Vabadussoja_Ajaloo_Komitee, lk 263
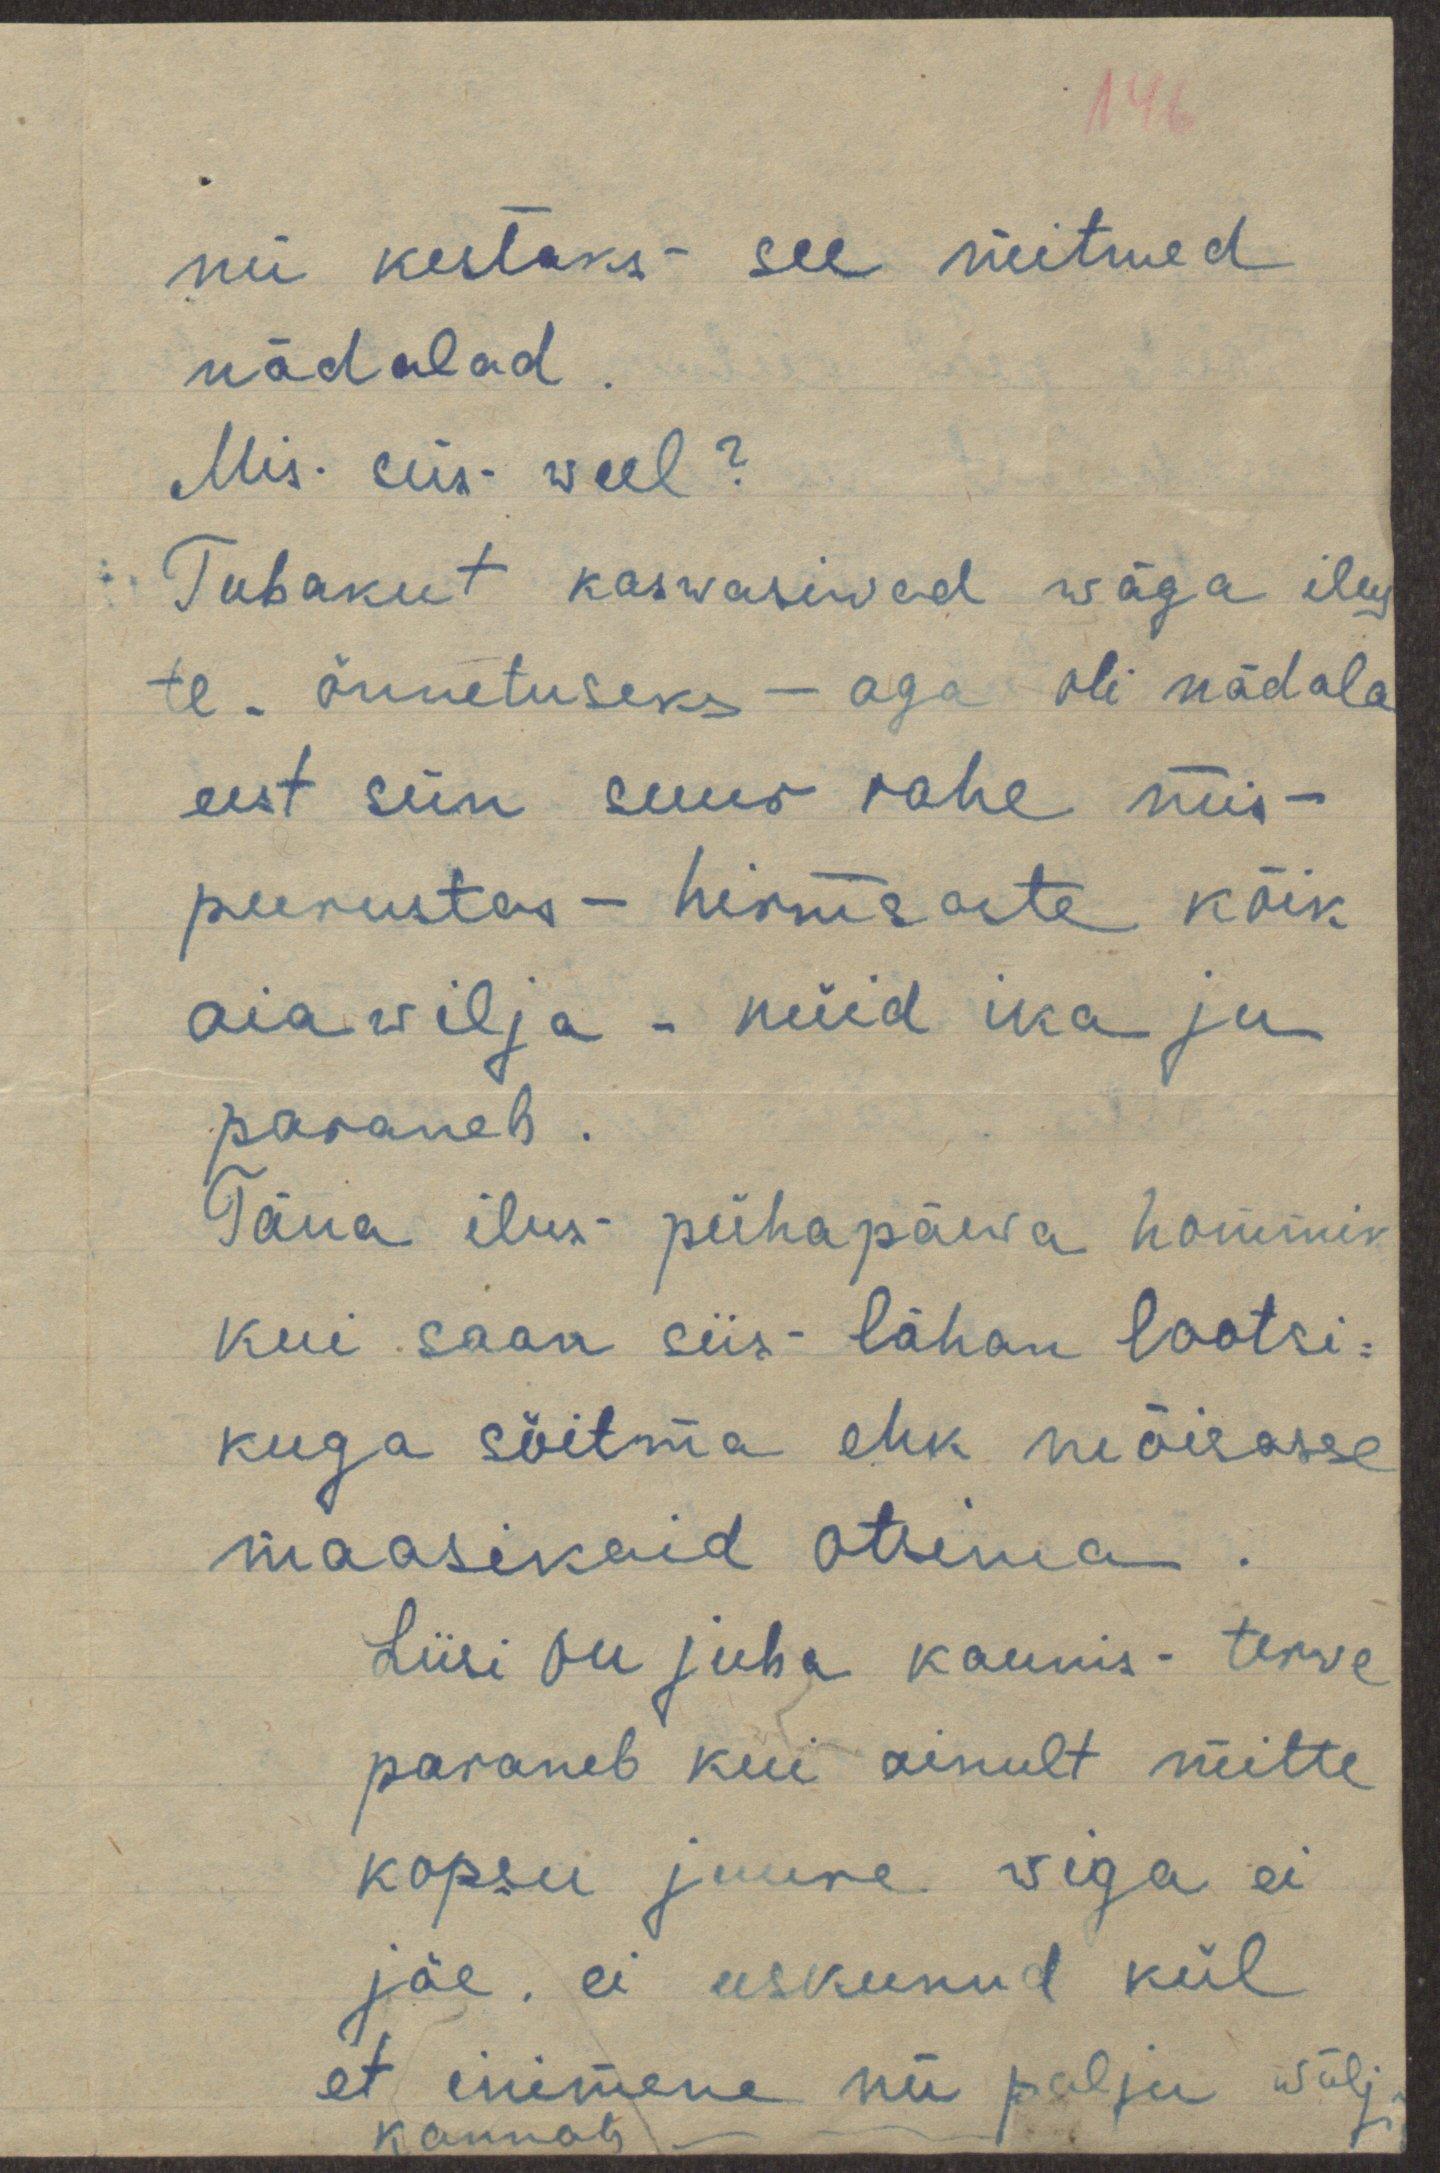
146
nii kestaks see mitmed
nädalad.
Mis siis weel?
Tubakut kaswasiwad wäga ilus
te - õnnetuseks aga oli nädala
eest siin suur rahe mis
purustas hirmsaste kõik
aiawilja - nüid ika ju
paraneb.
Täna ilus pühapäewa hommik
kui saan siis lähan lootsi-
kuga sõitma ehk mõisasse
maasikaid otsima.
Liisi on juba kaunis terve
paraneb kui ainult mitte
kopsu juure viga ei
jäe, ei uskunud kül
et inimene nii palju wälja
kannab.